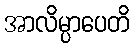
အာလိမ္ပာပေတိ